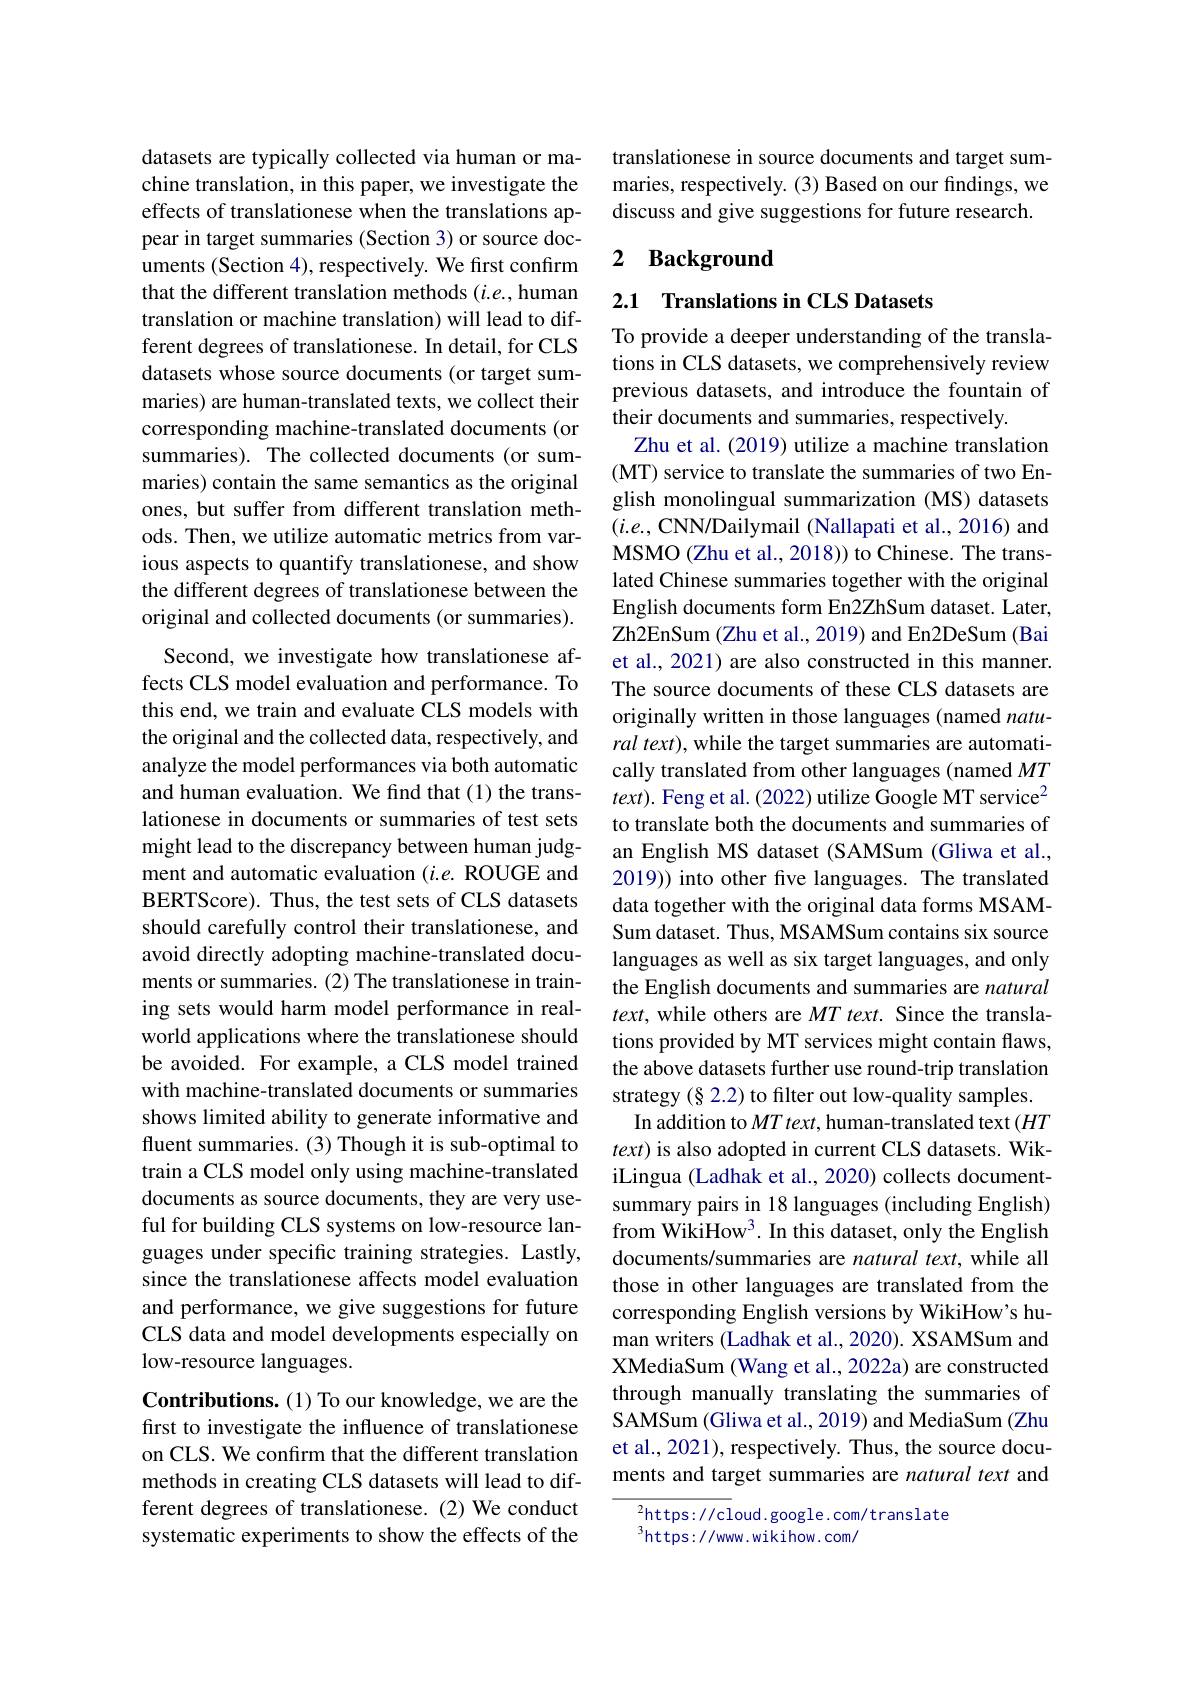
datasets are typically collected via human or machine translation, in this paper, we investigate the effects of translationese when the translations appear in target summaries (Section 3) or source documents (Section 4), respectively. We first confirm that the different translation methods $(i.e.$,human translation or machine translation) will lead to different degrees of translationese. In detail, for CLS datasets whose source documents (or target summaries) are human-translated texts, we collect their corresponding machine-translated documents (or summaries). The collected documents (or summaries) contain the same semantics as the original ones, but suffer from different translation methods. Then, we utilize automatic metrics from various aspects to quantify translationese, and show the different degrees of translationese between the original and collected documents (or summaries).
Second, we investigate how translationese affects CLS model evaluation and performance. To this end, we train and evaluate CLS models with the original and the collected data, respectively, and analyze the model performances via both automatic and human evaluation. We find that (1) the translationese in documents or summaries of test sets might lead to the discrepancy between human judgment and automatic evaluation $(i.e.$ ROUGE and BERTScore). Thus, the test sets of CLS datasets should carefully control their translationese, and avoid directly adopting machine-translated documents or summaries. (2) The translationese in training sets would harm model performance in realworld applications where the translationese should be avoided. For example, a CLS model trained with machine-translated documents or summaries shows limited ability to generate informative and fluent summaries. (3) Though it is sub-optimal to train a CLS model only using machine-translated documents as source documents, they are very useful for building CLS systems on low-resource languages under specific training strategies. Lastly, since the translationese affects model evaluation and performance, we give suggestions for future CLS data and model developments especially on low-resource languages.
Contributions. (1) To our knowledge, we are the first to investigate the influence of translationese

on CLS. We confirm that the different translation methods in creating CLS datasets will lead to different degrees of translationese. (2) We conduct systematic experiments to show the effects of the

translationese in source documents and target summaries, respectively. (3) Based on our findings, we discuss and give suggestions for future research.

## 2 Background

2.1 Translations in CLS Datasets

To provide a deeper understanding of the translations in CLS datasets, we comprehensively review previous datasets, and introduce the fountain of their documents and summaries, respectively.
Zhu et al. (2019) utilize a machine translation (MT) service to translate the summaries of two English monolingual summarization (MS) datasets $(i.e.$, CNN/Dailymail (Nallapati et al., 2016) and MSMO (Zhu et al., 2018)) to Chinese. The translated Chinese summaries together with the original English documents form En2ZhSum dataset. Later, Zh2EnSum (Zhu et al., 2019) and En2DeSum (Bai et al., 2021) are also constructed in this manner. The source documents of these CLS datasets are originally written in those languages (named natural text), while the target summaries are automatically translated from other languages (named $MT$ $text).$ Feng et al. (2022) utilize Google MT service$^2$ to translate both the documents and summaries of an English MS dataset (SAMSum (Gliwa et al., 2019)) into other five languages. The translated data together with the original data forms MSAMSum dataset. Thus, MSAMSum contains six source languages as well as six target languages, and only the English documents and summaries are natural $text$, while others are $MT\textit{text. Since the transla- }$ tions provided by MT services might contain flaws, the above datasets further use round-trip translation strategy (§ 2.2) to filter out low-quality samples. In addition to $MT\textit{text, human- translated text}( HT$ $text)$ is also adopted in current CLS datasets. WikiLingua (Ladhak et al., 2020) collects documentsummary pairs in 18 languages (including English) from WikiHow$^3.$ In this dataset, only the English documents/summaries are natural text, while all those in other languages are translated from the corresponding English versions by WikiHow's human writers (Ladhak et al., 2020). XSAMSum and XMediaSum (Wang et al., 2022a) are constructed through manually translating the summaries of SAMSum (Gliwa et al., 2019) and MediaSum (Zhu et al., 2021), respectively. Thus, the source documents and target summaries are natural text and
$^{2}$https://cloud.google.com/translate

$^{3}$https://www.wikihow.com/